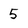
Character: 5